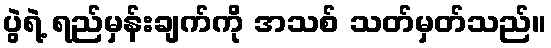
ပွဲရဲ့ ရည်မှန်းချက်ကို အသစ် သတ်မှတ်သည်။